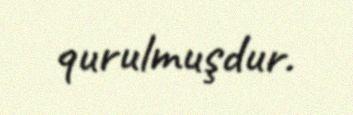
qurulmuşdur.